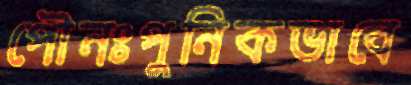
পৌনঃপুনিকভাবে